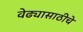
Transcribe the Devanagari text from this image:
वेढ्यासाठीचे